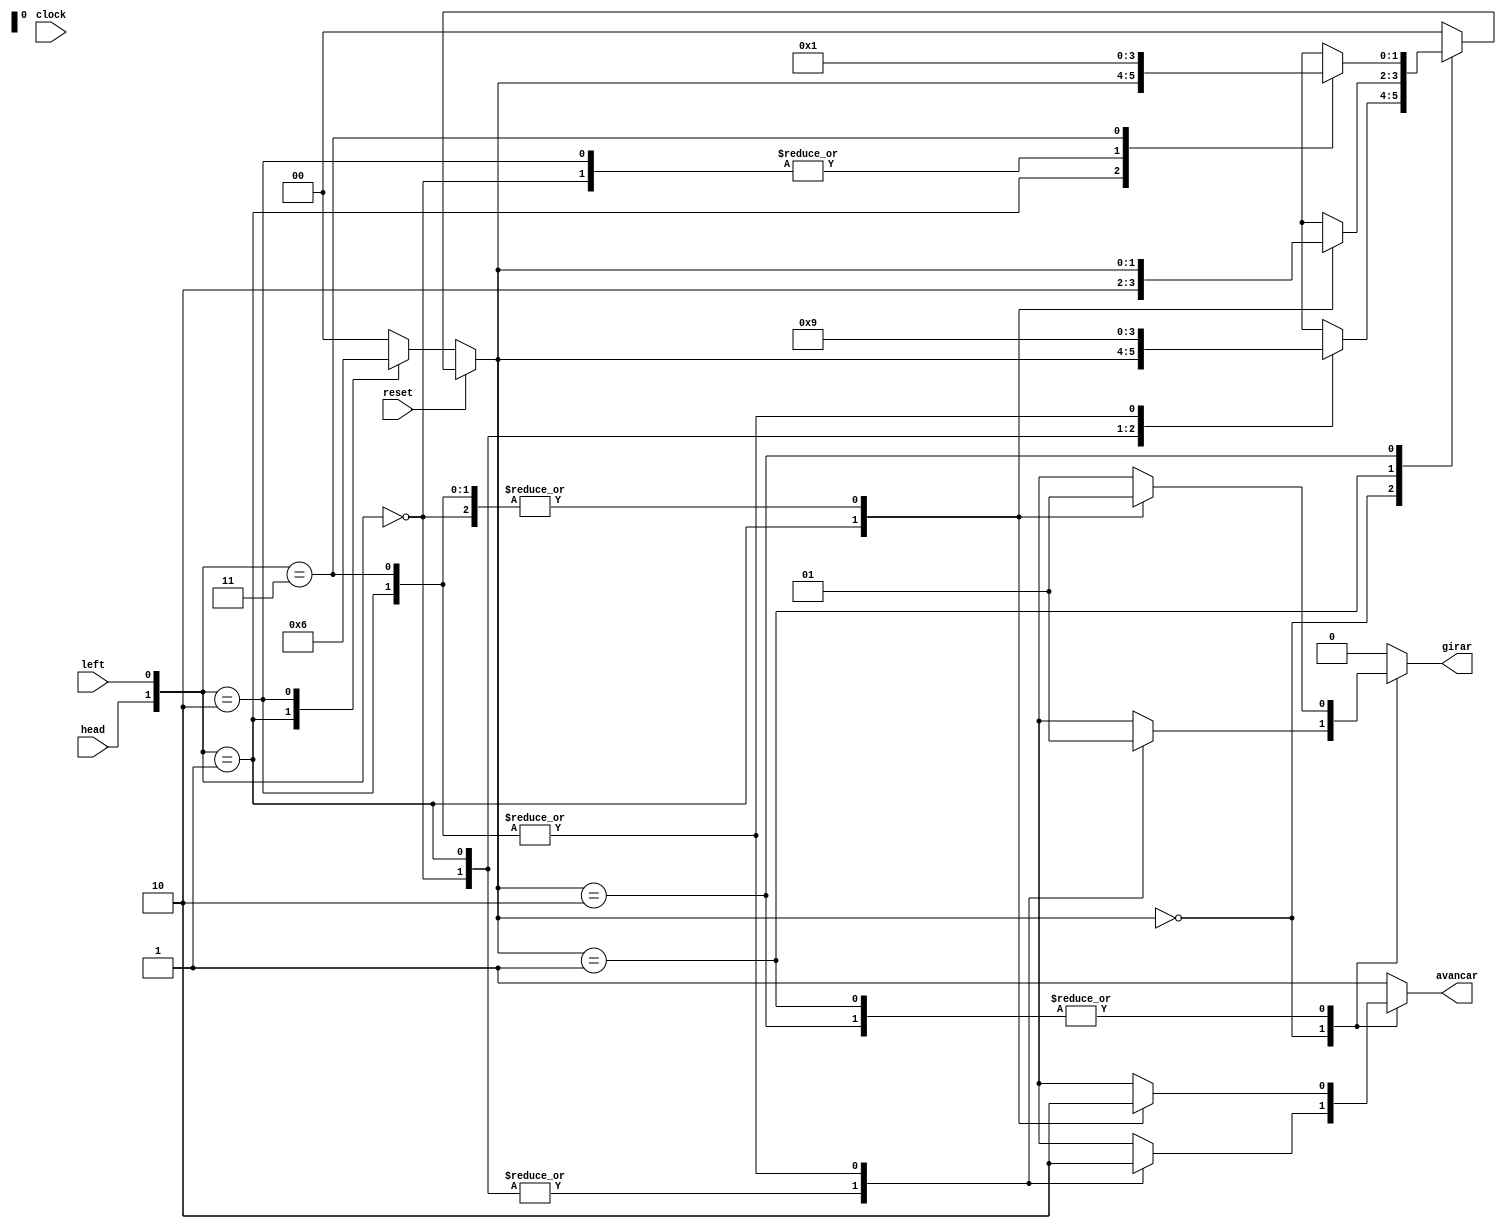
module Robo (clock, reset, head, left, avancar, girar);

// definindo as entradas e saidas
input clock, reset, head, left;
output reg avancar, girar;

// declarando as variveis estados como reg
reg [1:0] estado_atual, estado_futuro;

// declarando os parmetros
parameter procurando_muro = 2'b00,
        rotacionando = 2'b01,
        acompanhando_muro = 2'b10;
        
always @(head or left or estado_atual) // entra nesse loop sempre que as 3 variveis da condio forem atualizadas
begin
        estado_futuro = procurando_muro;  //estado inicial
        avancar = 1'b1;
        girar = 1'b0;
        
        // definindo o comportamento das sidas a partir de cada estado e entrada
    case (estado_atual)
        procurando_muro: case({head, left})
                            2'b00: begin

                                            avancar = 1'b1;
                                            girar = 1'b0;
                                            estado_futuro = estado_atual;

                                        end

                            2'b01: begin

                                            avancar = 1'b1;
                                            girar = 1'b0;
                                            estado_futuro = acompanhando_muro;

                                        end

                            2'b10: begin

                                            avancar = 1'b0;
                                            girar = 1'b1;
                                            estado_futuro = rotacionando;

                                        end

                            2'b11: begin

                                            avancar = 1'b0;
                                            girar = 1'b1;
                                            estado_futuro = rotacionando;

                                        end
                            endcase
        rotacionando: case({head, left})
                            2'b00: begin

                                            avancar = 1'b0;
                                            girar = 1'b1;
                                            estado_futuro = estado_atual;

                                        end

                            2'b01: begin

                                            avancar = 1'b1;
                                            girar = 1'b0;
                                            estado_futuro = acompanhando_muro;

                                        end

                            2'b10: begin

                                            avancar = 1'b0;
                                            girar = 1'b1;
                                            estado_futuro = estado_atual;

                                        end

                            2'b11: begin

                                            avancar = 1'b0;
                                            girar = 1'b1;
                                            estado_futuro = estado_atual;

                                        end


                            endcase

        acompanhando_muro: case({head, left})
                            2'b00: begin

                                            avancar = 1'b0;
                                            girar = 1'b1;
                                            estado_futuro = procurando_muro;

                                        end

                            2'b01: begin

                                            avancar = 1'b1;
                                            girar = 1'b0;
                                            estado_futuro = estado_atual;

                                        end

                            2'b10: begin

                                            avancar = 1'b0;
                                            girar = 1'b1;
                                            estado_futuro = procurando_muro;

                                        end

                            2'b11: begin

                                            avancar = 1'b0;
                                            girar = 1'b1;
                                            estado_futuro = rotacionando;

                                        end


                            endcase
                                

                endcase
    end

// esse bloco sempre ser atualizado quando o clock ou o reset tiverem mudanas
always @(clock or !reset)
begin

    if(!reset) //atualizando o valor do estado atual a partir da mudana do sinal de clock. Caso o rob apresente alguma anomalia ele ficar no estado procurando_muro.
            case ({head,left})
                    2'b00: estado_atual <= procurando_muro;
				    2'b01: estado_atual <= rotacionando;
				    2'b10: estado_atual <= acompanhando_muro;
                    default: estado_atual <= procurando_muro;
            endcase

    else //com a mudana do sinal do reset,  atribuido o valor de estado_futuro a estado_atual
        estado_atual <= estado_futuro;
end

endmodule